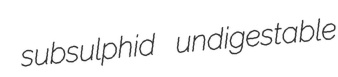
subsulphid undigestable